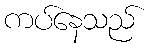
ကပ်နေသည်